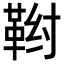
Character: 𬰤